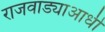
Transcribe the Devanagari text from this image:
राजवाड्याआधी